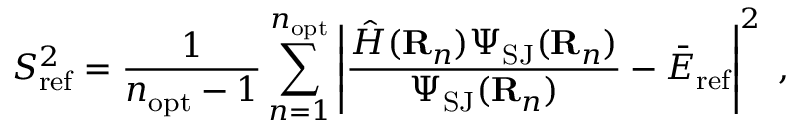
S _ { \mathrm { r e f } } ^ { 2 } = \frac 1 { n _ { \mathrm { o p t } } - 1 } \sum _ { n = 1 } ^ { n _ { \mathrm { o p t } } } \left| \frac { \hat { H } ( { \bf R } _ { n } ) \Psi _ { \mathrm { S J } } ( { \bf R } _ { n } ) } { \Psi _ { \mathrm { S J } } ( { \bf R } _ { n } ) } - { \bar { E } } _ { \mathrm { r e f } } \right| ^ { 2 } \; ,